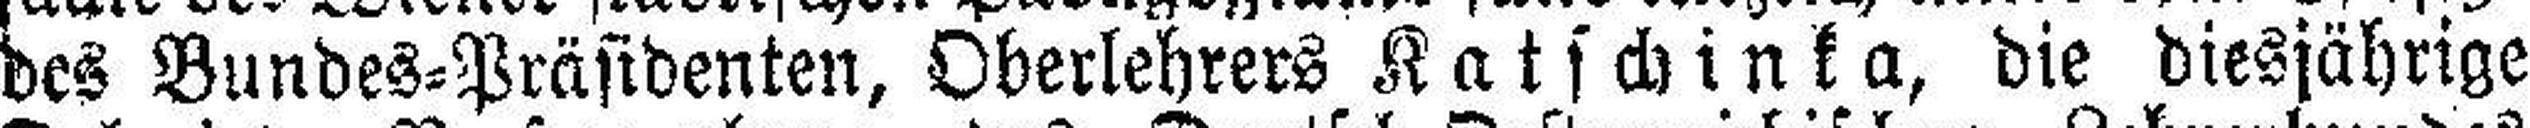
des Bundes=Präsidenten, Oberlehrers Katschinka, die diesjährige